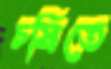
চষিতে